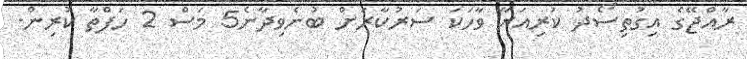
ރާއްޖޭގެ އިގުތިސޯދު ކުރިއަރާ ވާހަކަ ސަރުކާރަށް ބުނެވިދާނެ5 މަސް 2 ހަފްތާ ކުރިން.